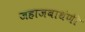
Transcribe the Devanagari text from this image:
जहाजबाधंणी